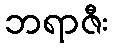
ဘရာဇီး